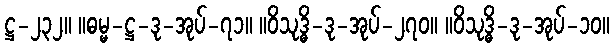
ဋ္ဌ-၂၃၂။ ။ဓမ္မ-ဋ္ဌ-ဒု-အုပ်-၇၁။ ။ဝိသုဒ္ဓိ-ဒု-အုပ်-၂၇၀။ ။ဝိသုဒ္ဓိ-ဒု-အုပ်-၁၀။